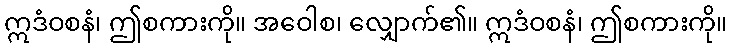
ဣဒံဝစနံ၊ ဤစကားကို။ အဝေါစ၊ လျှောက်၏။ ဣဒံဝစနံ၊ ဤစကားကို။